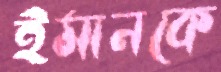
ইমানকে